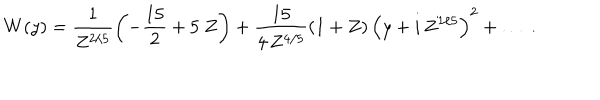
LaTeX: W ( y ) = \frac { 1 } { Z ^ { 2 / 5 } } \left( - \frac { 1 5 } { 2 } + 5 ~ Z \right) + \frac { 1 5 } { 4 \, Z ^ { 4 / 5 } } \left( 1 + Z \right) \left( y + i \, Z ^ { 1 / 5 } \right) ^ { 2 } + \ldots \ .